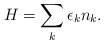
\begin{align*}H=\sum_k \epsilon_k n_k. \end{align*}